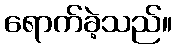
ရောက်ခဲ့သည်။